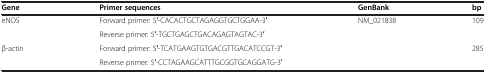
<table><thead><tr><td><b>Gene</b></td><td><b>Primer sequences</b></td><td><b>GenBank</b></td><td><b>bp</b></td></tr></thead><tbody><tr><td rowspan="2">eNOS</td><td>Forward primer: 5′-CACACTGCTAGAGGTGCTGGAA-3′</td><td rowspan="2">NM_021838</td><td>109</td></tr><tr><td>Reverse primer: 5′-TGCTGAGCTGACAGAGTAGTAC-3′</td><td> </td></tr><tr><td rowspan="2">β-actin</td><td>Forward primer: 5′-TCATGAAGTGTGACGTTGACATCCGT-3′</td><td rowspan="2"> </td><td>285</td></tr><tr><td>Reverse primer: 5′-CCTAGAAGCATTTGCGGTGCAGGATG-3′</td><td> </td></tr></tbody></table>